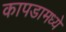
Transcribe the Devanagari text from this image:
कापडामध्ये